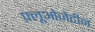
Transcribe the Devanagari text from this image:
फ़्लूओजेटीन